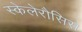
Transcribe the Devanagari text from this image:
स्केलेरौसिस